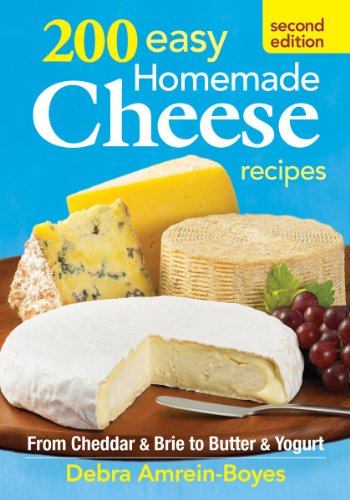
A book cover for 200 Easy Homemade Cheese Recipes: From Cheddar and Brie to Butter and Yogurt; Debra Amrein-Boyes; Cookbooks, Food & Wine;